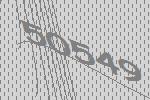
50549